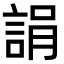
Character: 𧨜